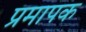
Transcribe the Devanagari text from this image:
प्रमापक